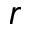
\boldsymbol { r }